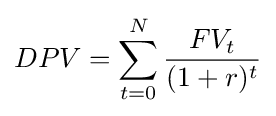
DPV=\sum _{t=0}^{N}{\frac {FV_{t}}{(1+r)^{t}}}